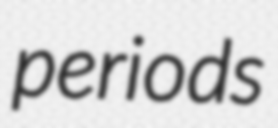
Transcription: periods